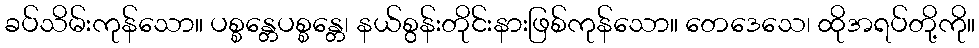
ခပ်သိမ်းကုန်သော။ ပစ္စန္တေပစ္စန္တေ၊ နယ်စွန်းတိုင်းနားဖြစ်ကုန်သော။ တေဒေသေ၊ ထိုအရပ်တို့ကို။